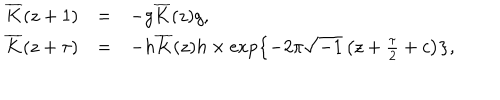
\begin{array} { r c l } { { \overline { { { K } } } ( z + 1 ) } } & { { = } } & { { - g \overline { { { K } } } ( z ) g , } } \\ { { \overline { { { K } } } ( z + \tau ) } } & { { = } } & { { - h \overline { { { K } } } ( z ) h \times \exp \left\{ - 2 \pi \sqrt { - 1 } \left( z + \frac { \tau } { 2 } + c \right) \right\} , } } \\ \end{array}